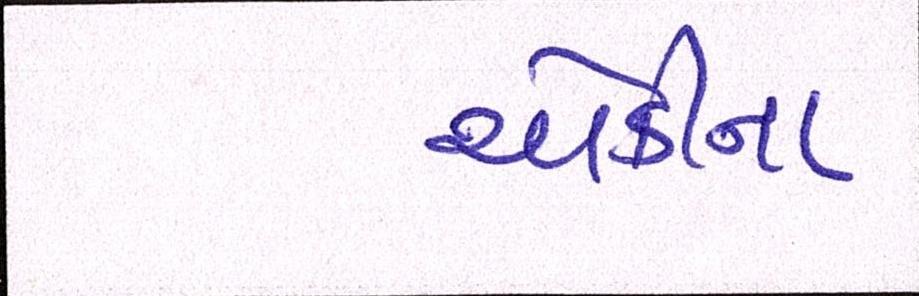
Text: ચોકીના